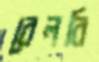
বেলবি